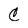
Character: C